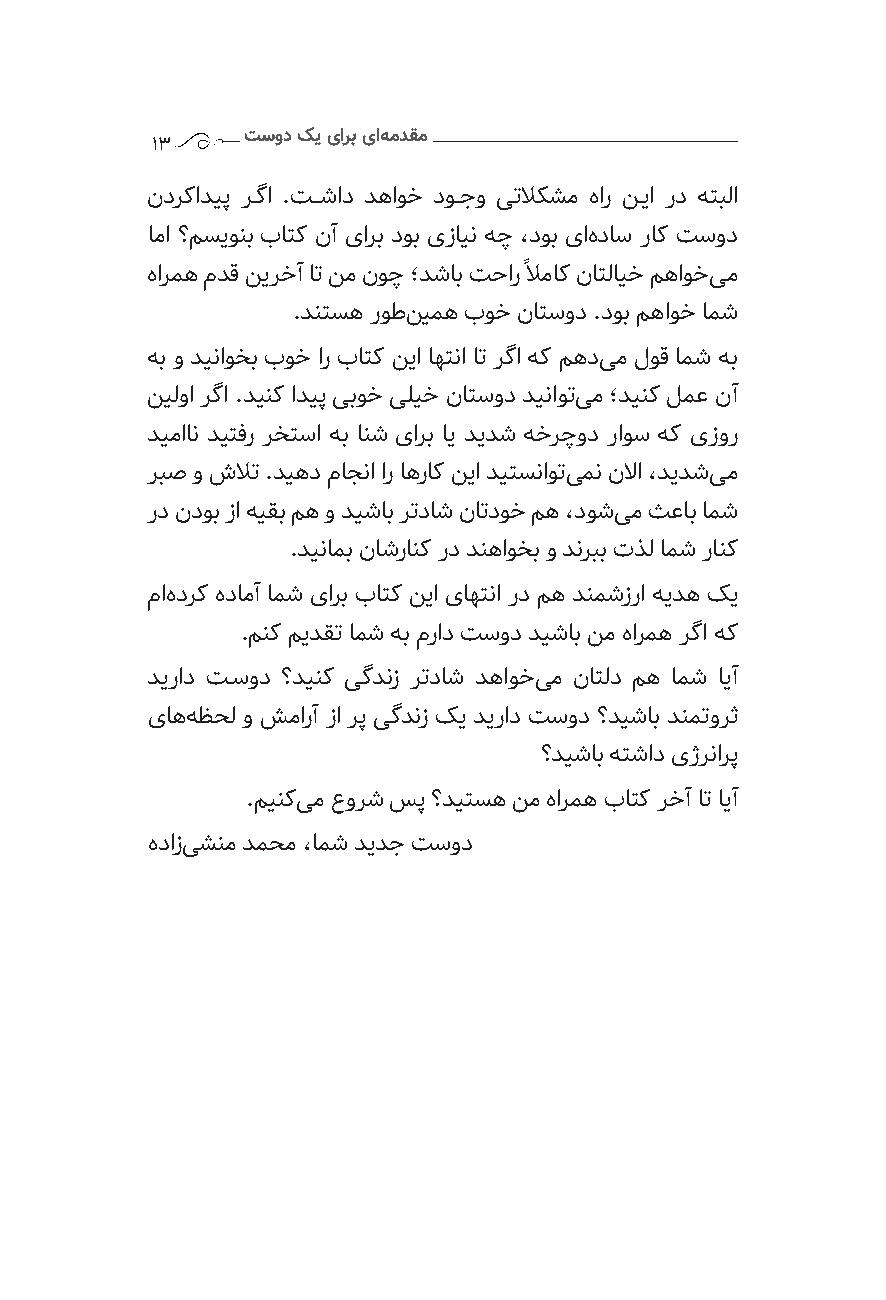
تسود کی ارب اه موقم
 13
 ندرکادیپ رــگا .تـــشاد دهاوخ دوــجو یتلاکشم هار نــیا رد هتبلا
 اما ؟مسیونب باتک نآ یارب دوب یزاین هچ ،دوب یاه داس راک تسود
 هارمه مدق نیرخآ ات نم نوچ ؛دشاب تحار ًلاماک ناتلایخ مهاوخی م
 .دنتسه روطن یمه بوخ ناتسود .دوب مهاوخ امش
 هب و دیناوخب بوخ ار باتک نیا اهتنا ات رگا هک مهدی م لوق امش هب
 نیلوا رگا .دینک ادیپ یبوخ یلیخ ناتسود دیناوتی م ؛دینک لمع نآ
 دیماان دیتفر رختسا هب انش یارب ای دیدش هخرچود راوس هک یزور
 ربص و شلات .دیهد ماجنا ار اهراک نیا دیتسناوتی من نلاا ،دیدشی م
 رد ندوب زا هیقب مه و دیشاب رتداش ناتدوخ مه ،دوشی م ثعاب امش
 .دینامب ناشرانک رد دنهاوخب و دنربب تذل امش رانک
 ماه درک هدامآ امش یارب باتک نیا یاهتنا رد مه دنمشزرا هیده کی
 .منک میدقت امش هب مراد تسود دیشاب نم هارمه رگا هک
 دیراد تــسود ؟دینک یگدنز رتداش دهاوخی م ناتلد مه امش ایآ
 یاهه ظحل و شمارآ زا رپ یگدنز کی دیراد تسود ؟دیشاب دنمتورث
 ؟دیشاب هتشاد یژرنارپ
 .مینکی م عورش سپ ؟دیتسه نم هارمه باتک رخآ ات ایآ
 هدازی شنم دمحم ،امش دیدج تسود